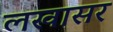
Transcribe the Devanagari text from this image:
लखासर